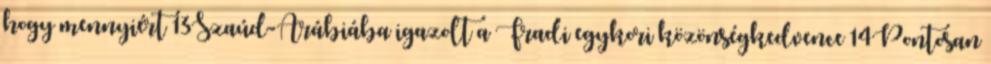
hogy mennyiért 13Szaúd-Arábiába igazolt a Fradi egykori közönségkedvence 14Pontosan